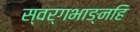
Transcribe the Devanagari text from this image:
स्वर्गभाङ्नहि